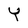
Character: Y